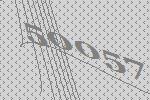
50057